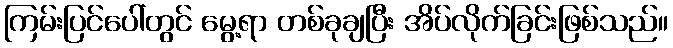
ကြမ်းပြင်ပေါ်တွင် မွေ့ရာ တစ်ခုချပြီး အိပ်လိုက်ခြင်းဖြစ်သည်။